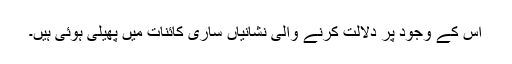
اس کے وجود پر دلالت کرنے والی نشانیاں ساری کائنات میں پھیلی ہوئی ہیں۔